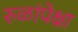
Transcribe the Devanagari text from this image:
रुळांपेक्षा